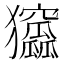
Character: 𤣛